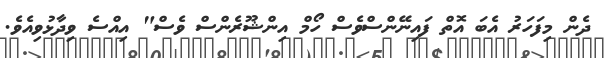
ދެން މިފަހަރު އެބަ އޮތް ފައިނޭންސްވެސް ހޯމް އިންޝޫރެންސް ވެސް" އިއްސެ ވިދާޅުވިއެވެ.